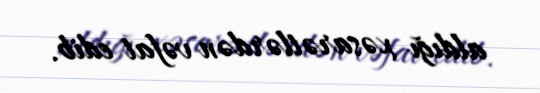
aldığı xəsarətlərdən vəfat edib.